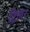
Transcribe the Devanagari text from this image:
ट्रिलर